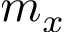
m _ { x }